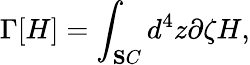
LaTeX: \Gamma[H]=\int_{\mathbf SC}d^{4}z\partial\zeta H,